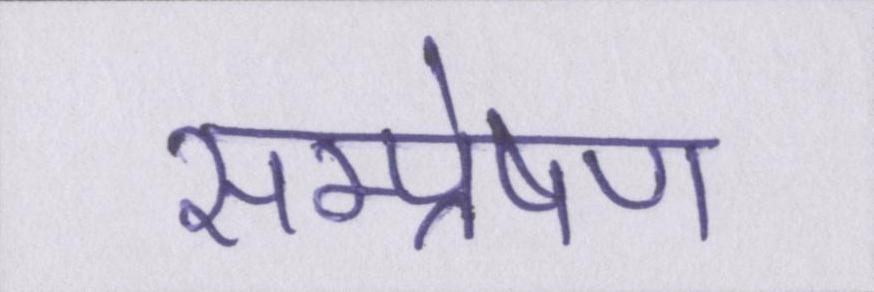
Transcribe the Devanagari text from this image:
सम्प्रेषण